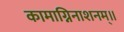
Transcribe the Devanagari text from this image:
कामाग्निनाशनम्॥